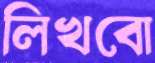
লিখবো